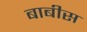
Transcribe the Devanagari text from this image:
बाबीस